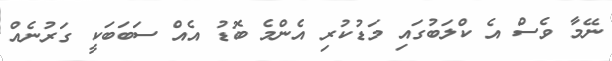
ނޭމާ ވެސް އެ ކްލަބުގައި މަޑުކުރި އެންމެ ބޮޑު އެއް ސަބަބަކީ ގަރުނެއް